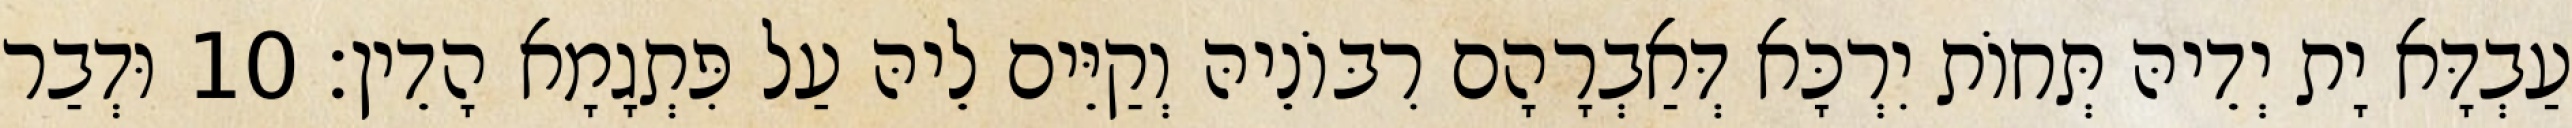
עַבְדָּא יָת יְדֵיהּ תְּחוֹת יִרְכָּא דְּאַבְרָהָם רִבּוֹנֵיהּ וְקַיֵּים לֵיהּ עַל פִּתְגָמָא הָדֵין׃ 10 וּדְבַר